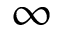
\infty